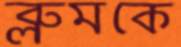
ব্লুমকে